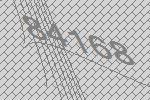
84168